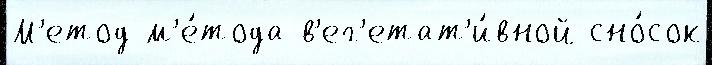
М'етод м'е́тода в'ег'етат'и́вной сно́сок